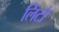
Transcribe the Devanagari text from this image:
लिटो